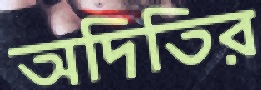
অদিতির